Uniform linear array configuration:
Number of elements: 4
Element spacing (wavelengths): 0.5
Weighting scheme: hann
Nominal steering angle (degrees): -60
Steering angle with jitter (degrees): -58.886
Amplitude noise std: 0.05
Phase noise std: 0.05

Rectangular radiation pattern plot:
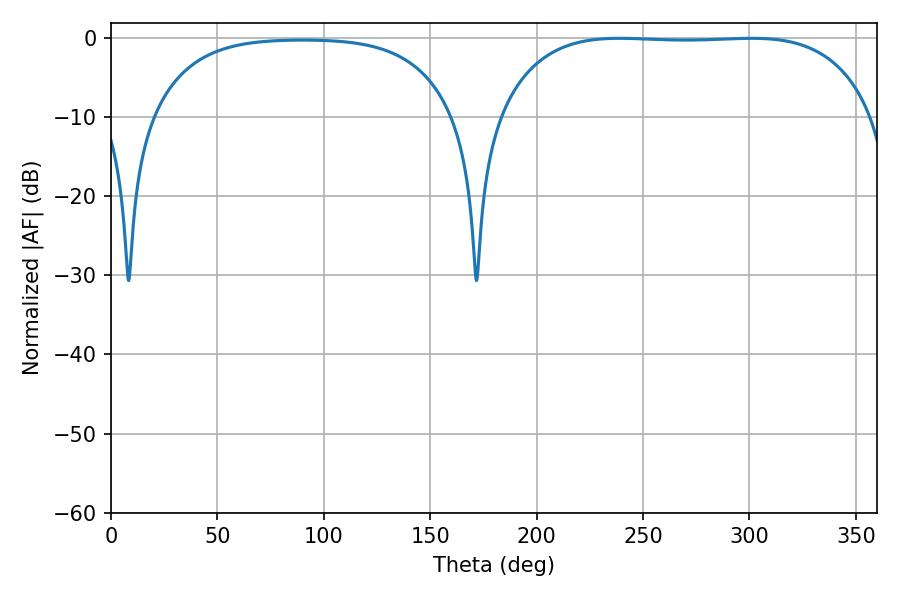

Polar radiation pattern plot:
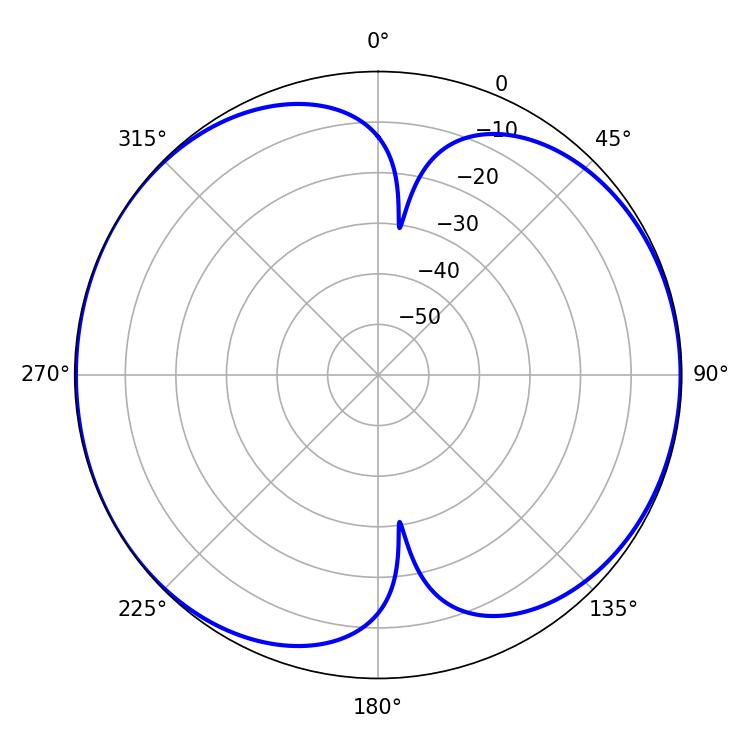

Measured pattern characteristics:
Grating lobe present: FALSE
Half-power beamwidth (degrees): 138.24
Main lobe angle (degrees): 238.86